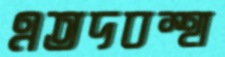
এতদবস্হা